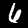
Digit: 6